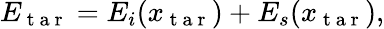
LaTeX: \begin{array}{r}{E_{\mathrm{~t~a~r~}}=E_{i}(x_{\mathrm{~t~a~r~}})+E_{s}(x_{\mathrm{~t~a~r~}}),}\end{array}